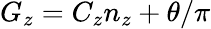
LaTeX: G_{z}=C_{z}n_{z}+\theta/\pi